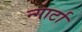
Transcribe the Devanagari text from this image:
न्गार्टा